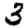
Digit: 3